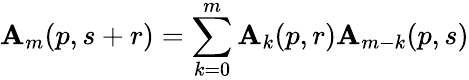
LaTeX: \mathbf{A}_{m}(p,s+r)=\sum_{k=0}^{m}\mathbf{A}_{k}(p,r)\mathbf{A}_{m-k}(p,s)